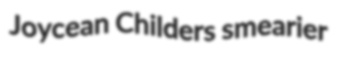
Joycean Childers smearier